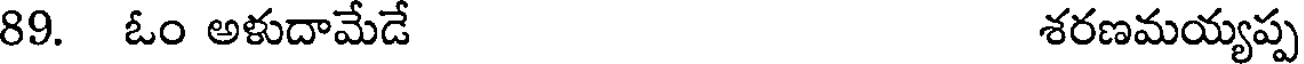
89. ఓం అళుదామేడే శరణమయ్యప్ప